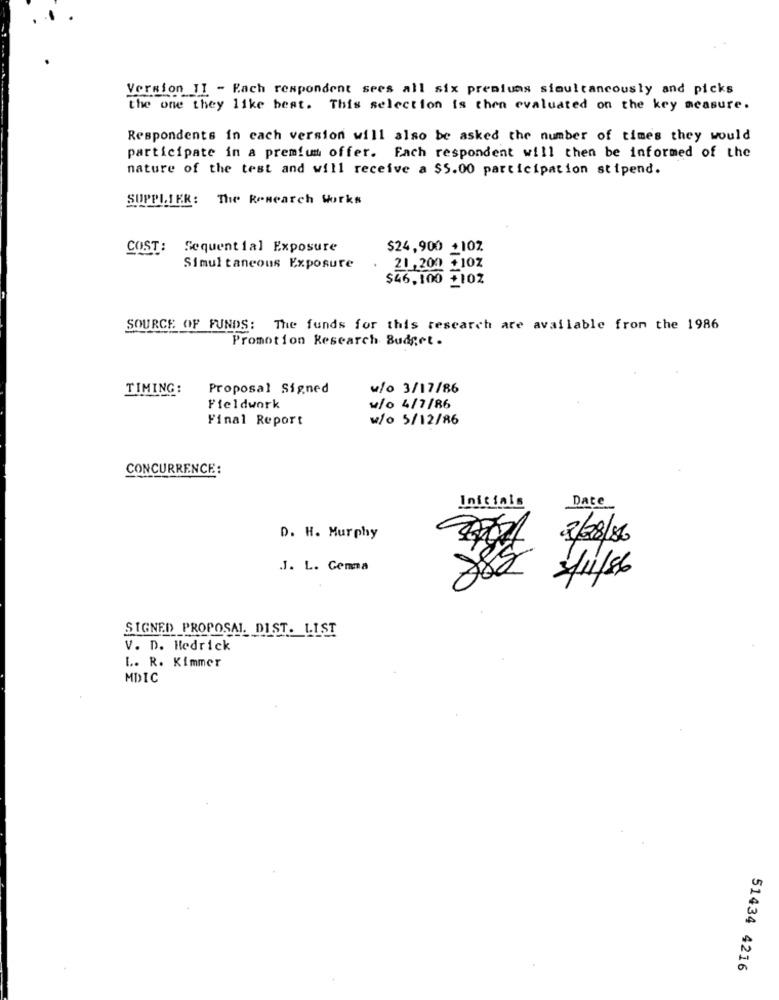
Version TI - Fach respondent sees all six premiums simultaneously and picks
the one they like best. This selection is then evaluated on the key measure.
Respondents in each version will also be asked the number of times they would
participate in a premium offer. Each respondent will then be informed of the
nature of the test and will receive a $5.00 participation stipend.
SUPPLIER: The Research Works
COST :
Sequential Exposure
$24,900 +102
Simul taneous Exposure
21,200 +10Z
$46,100 +102
SOURCE OF FUNDS: The funds for this research are available from the 1986
Promotion Research Budget .
TIMING:
Proposal Signed
w/o 3/17/86
Fieldwork
ulo 4/7/86
Final Report
w/o 5/12/86
CONCURRENCE:
Initials
Date
D. H. Murphy
2/28/16
.J. L. Gemma
2/11/86
SIGNED PROPOSAL. DIST. LIST
V. D. Hedrick
L. R. Kimmer
MDIC
51434 4216